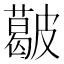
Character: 𥀥